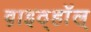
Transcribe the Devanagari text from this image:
व़ाइठ्हाॅल़्